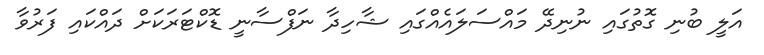
އަލީ ބުނި ގޮތުގައި ނުނިދޭ މައްސަލައެއްގައި ޝާހިދާ ނަފްސާނީ ޑޮކްޓަރަކަށް ދައްކައި ފަރުވާ